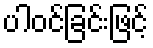
ပါဝင်ခြင်းဖြင့်